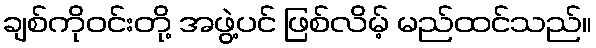
ချစ်ကိုဝင်းတို့ အဖွဲ့ပင် ဖြစ်လိမ့် မည်ထင်သည်။